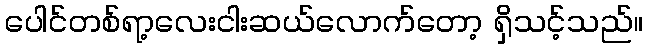
ပေါင်တစ်ရာ့လေးငါးဆယ်လောက်တော့ ရှိသင့်သည်။